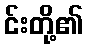
င်းတို့၏